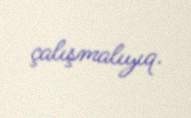
çalışmalıyıq.